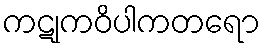
ကဋုကဝိပါကတရော